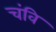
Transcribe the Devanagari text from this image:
चंवि